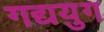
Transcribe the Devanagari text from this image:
गद्ययुग